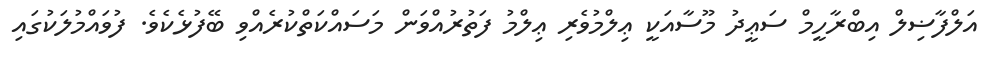
އަލްފާޟިލް އިބްރާހީމް ސަޢީދު މޫސާއަކީ ޢިލްމުވެރި ޢިލްމު ފަތުރުއްވަން މަސައްކަތްކުރެއްވި ބޭފުޅެކެވެ. ފުވައްމުލަކުގައި